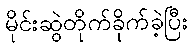
မိုင်းဆွဲတိုက်ခိုက်ခဲ့ပြီး